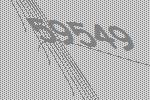
59549